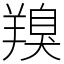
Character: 䍹